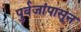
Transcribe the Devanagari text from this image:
पुर्वजांपासून